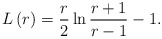
\begin{align*}L\left( r\right) =\frac r2\ln \frac{r+1}{r-1}-1.\end{align*}